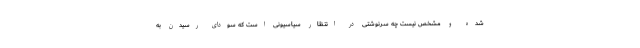
شده و مشخص نیست چه سرنوشتی در انتظار سیاسیونی است که سودای رسیدن به